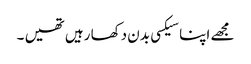
مجھے اپنا سیکسی بدن دکھا رہیں تھیں ۔